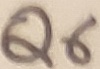
Text: Q6